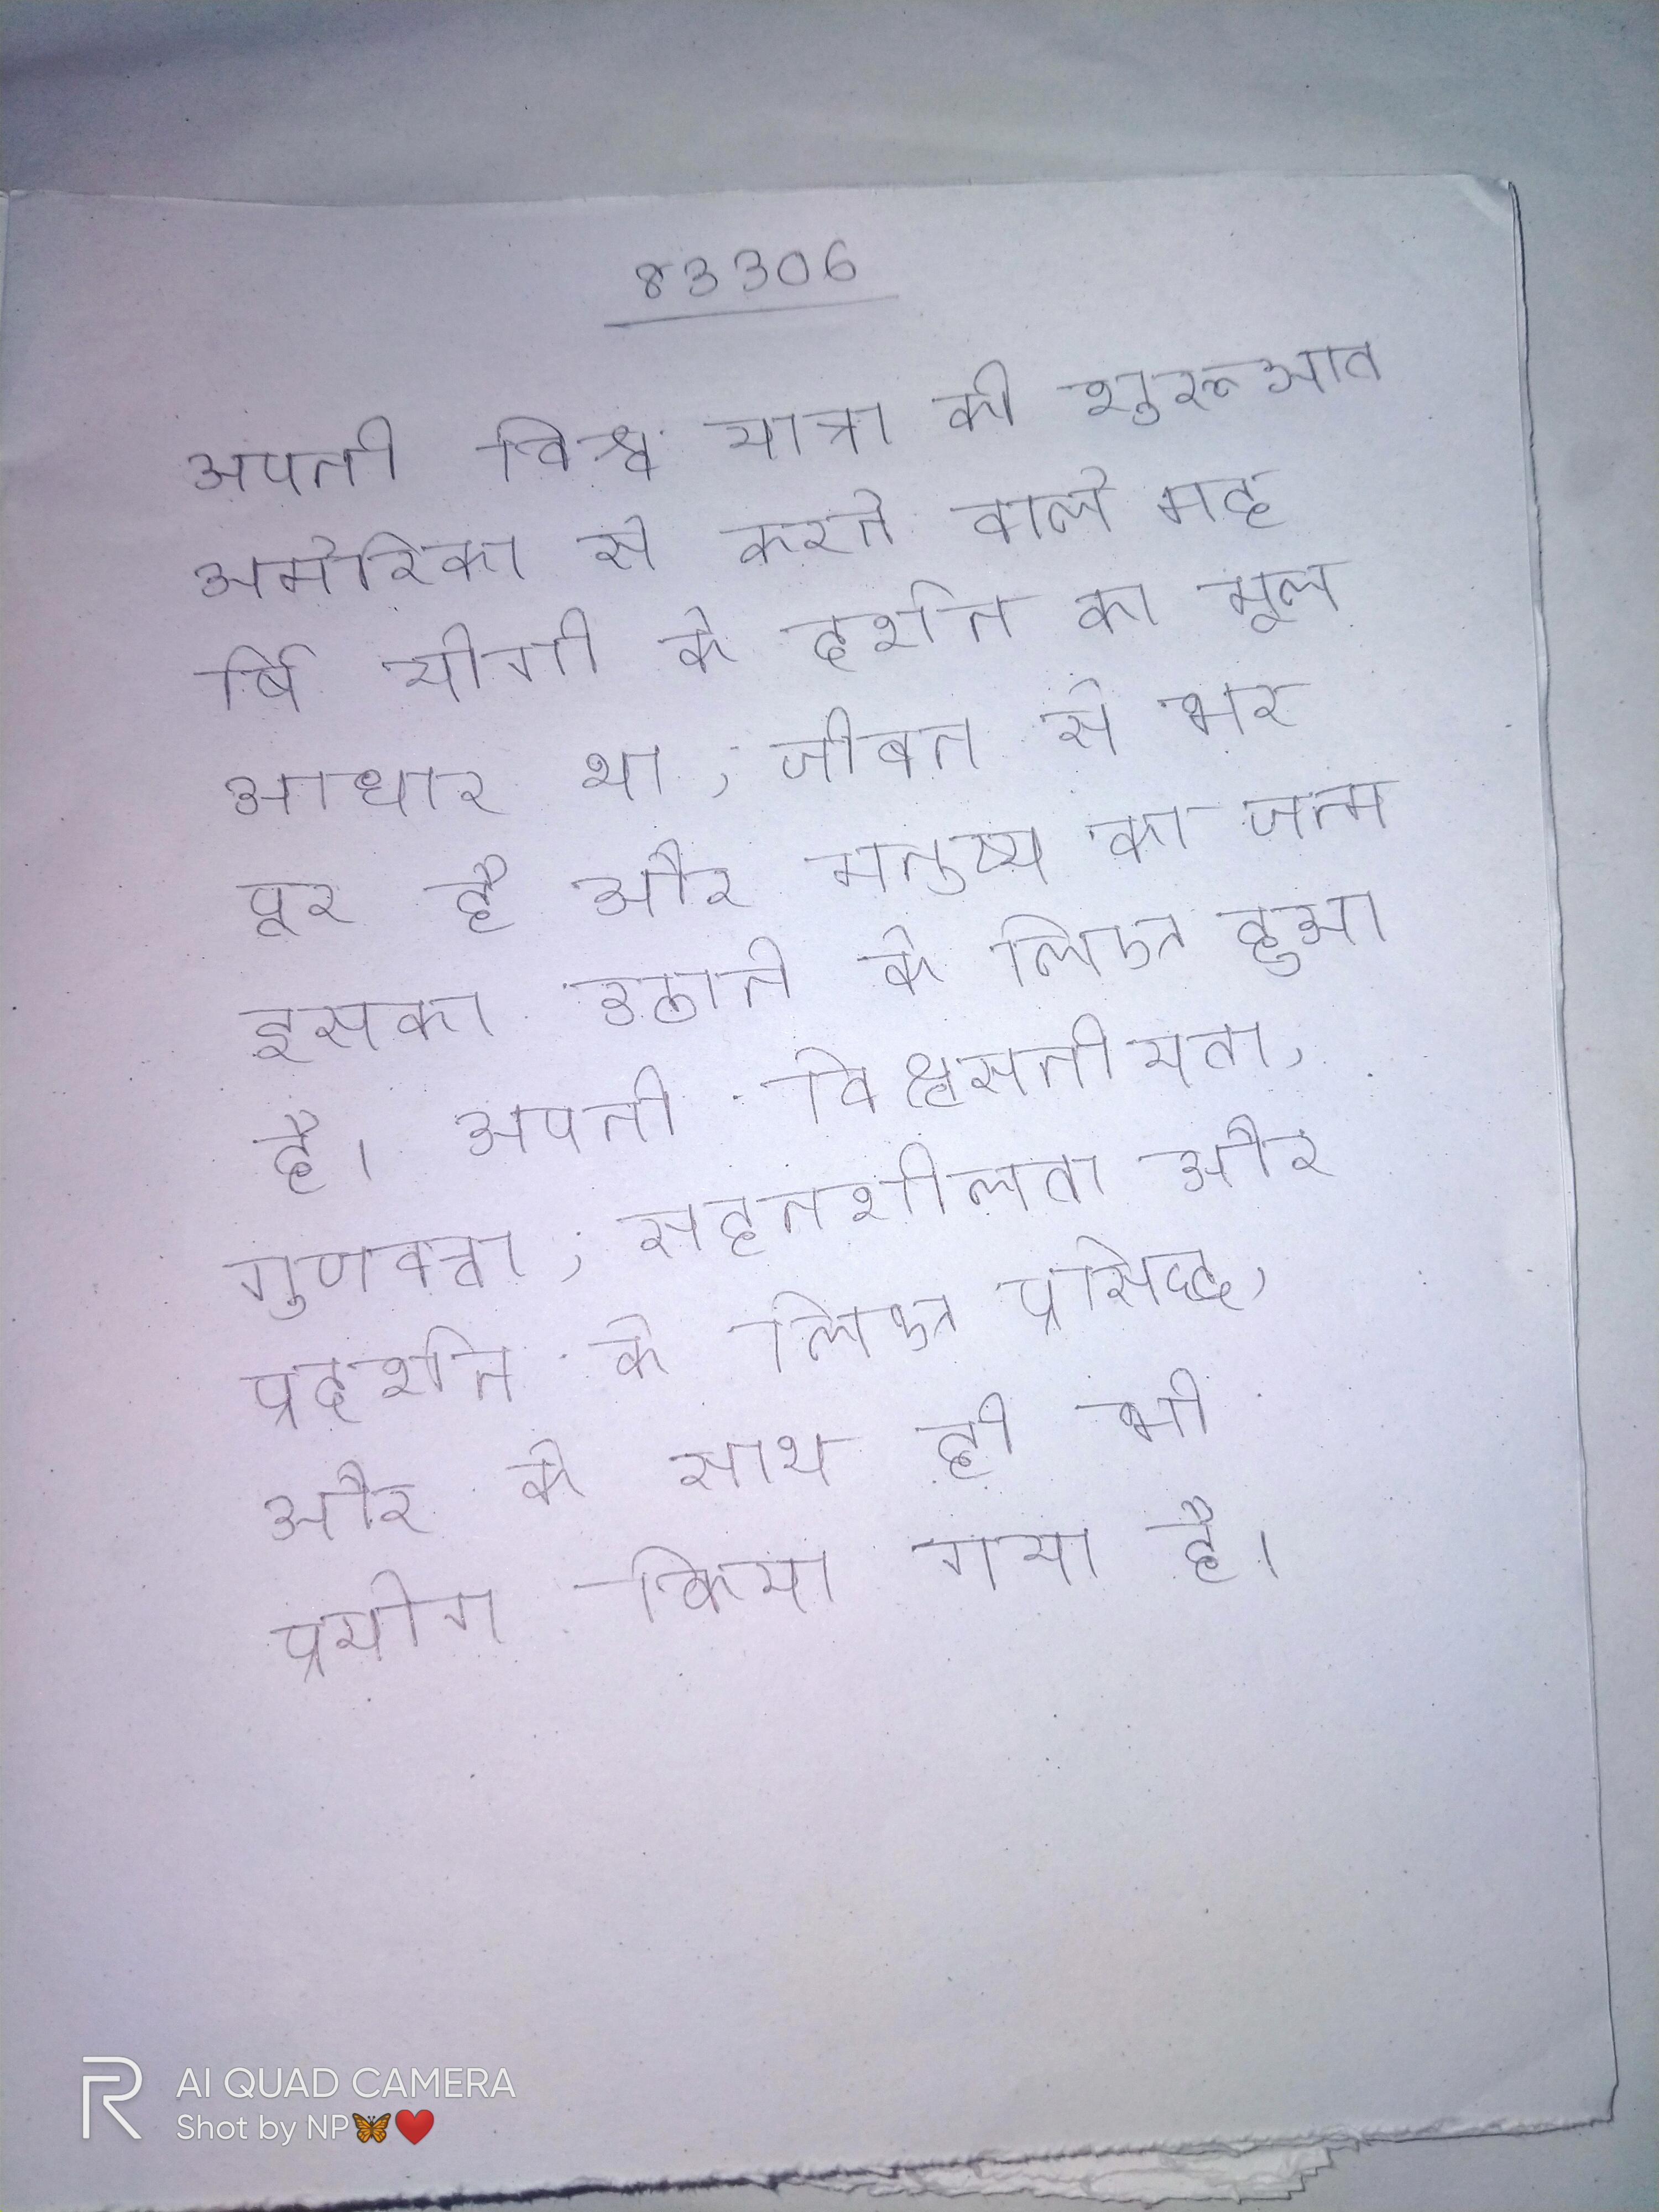
अपनी विश्व यात्रा की शुरूआत अमेरिका से करने वाले महर्षि योगी के दर्शन का मूल आधार था, जीवन से भरपूर है और मनुष्य का जन्म इसका उठाने के लिए हुआ है । अपनी विश्वसनीयता, गुणवत्ता, सहनशीलता और प्रदर्शन के लिए प्रसिद्ध, और के साथ ही भी प्रयोग किया गया है ।